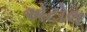
એટોલ